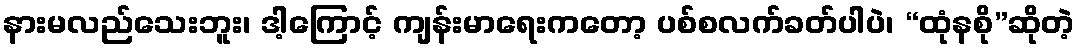
နားမလည်သေးဘူး၊ ဒါ့ကြောင့် ကျန်းမာရေးကတော့ ပစ်စလက်ခတ်ပါပဲ၊ “ထုံနစို”ဆိုတဲ့